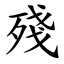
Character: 殘